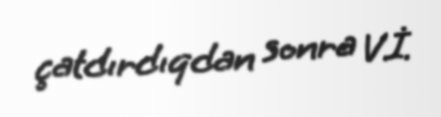
çatdırdıqdan sonra V.İ.